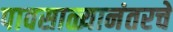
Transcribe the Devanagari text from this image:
पावसाळ्यानंतरचे